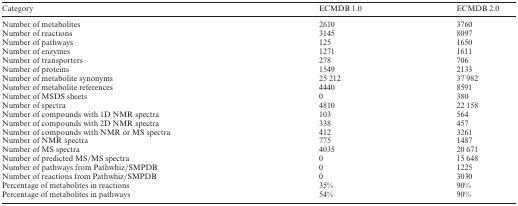
| Category | ECMDB 1.0 | ECMDB 2.0 |
 | --- | --- | --- |
 | Number of metabolites | 2610 | 3760 |
 | Number of reactions | 3145 | 8097 |
 | Number of pathways | 125 | 1650 |
 | Number of enzymes | 1271 | 1611 |
 | Number of transporters | 278 | 706 |
 | Number of proteins | 1549 | 2133 |
 | Number of metabolite synonyms | 25 212 | 37 982 |
 | Number of metabolite references | 4440 | 8591 |
 | Number of MSDS sheets | 0 | 380 |
 | Number of spectra | 4810 | 22 158 |
 | Number of compounds with 1D NMR spectra | 103 | 564 |
 | Number of compounds with 2D NMR spectra | 338 | 457 |
 | Number of compounds with NMR or MS spectra | 412 | 3261 |
 | Number of NMR spectra | 775 | 1487 |
 | Number of MS spectra | 4035 | 20 671 |
 | Number of predicted MS/MS spectra | 0 | 15 648 |
 | Number of pathways from Pathwhiz/SMPDB | 0 | 1225 |
 | Number of reactions from Pathwhiz/SMPDB | 0 | 3030 |
 | Percentage of metabolites in reactions | 35% | 90% |
 | Percentage of metabolites in pathways | 54% | 90% |